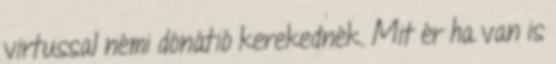
virtussal némi dónátió kerekednék. Mit ér ha van is